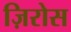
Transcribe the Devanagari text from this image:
ज़िरोस